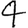
Digit: 4